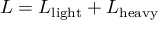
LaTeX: { \cal L } = { \cal L } _ { \mathrm { l i g h t } } + { \cal L } _ { \mathrm { h e a v y } }